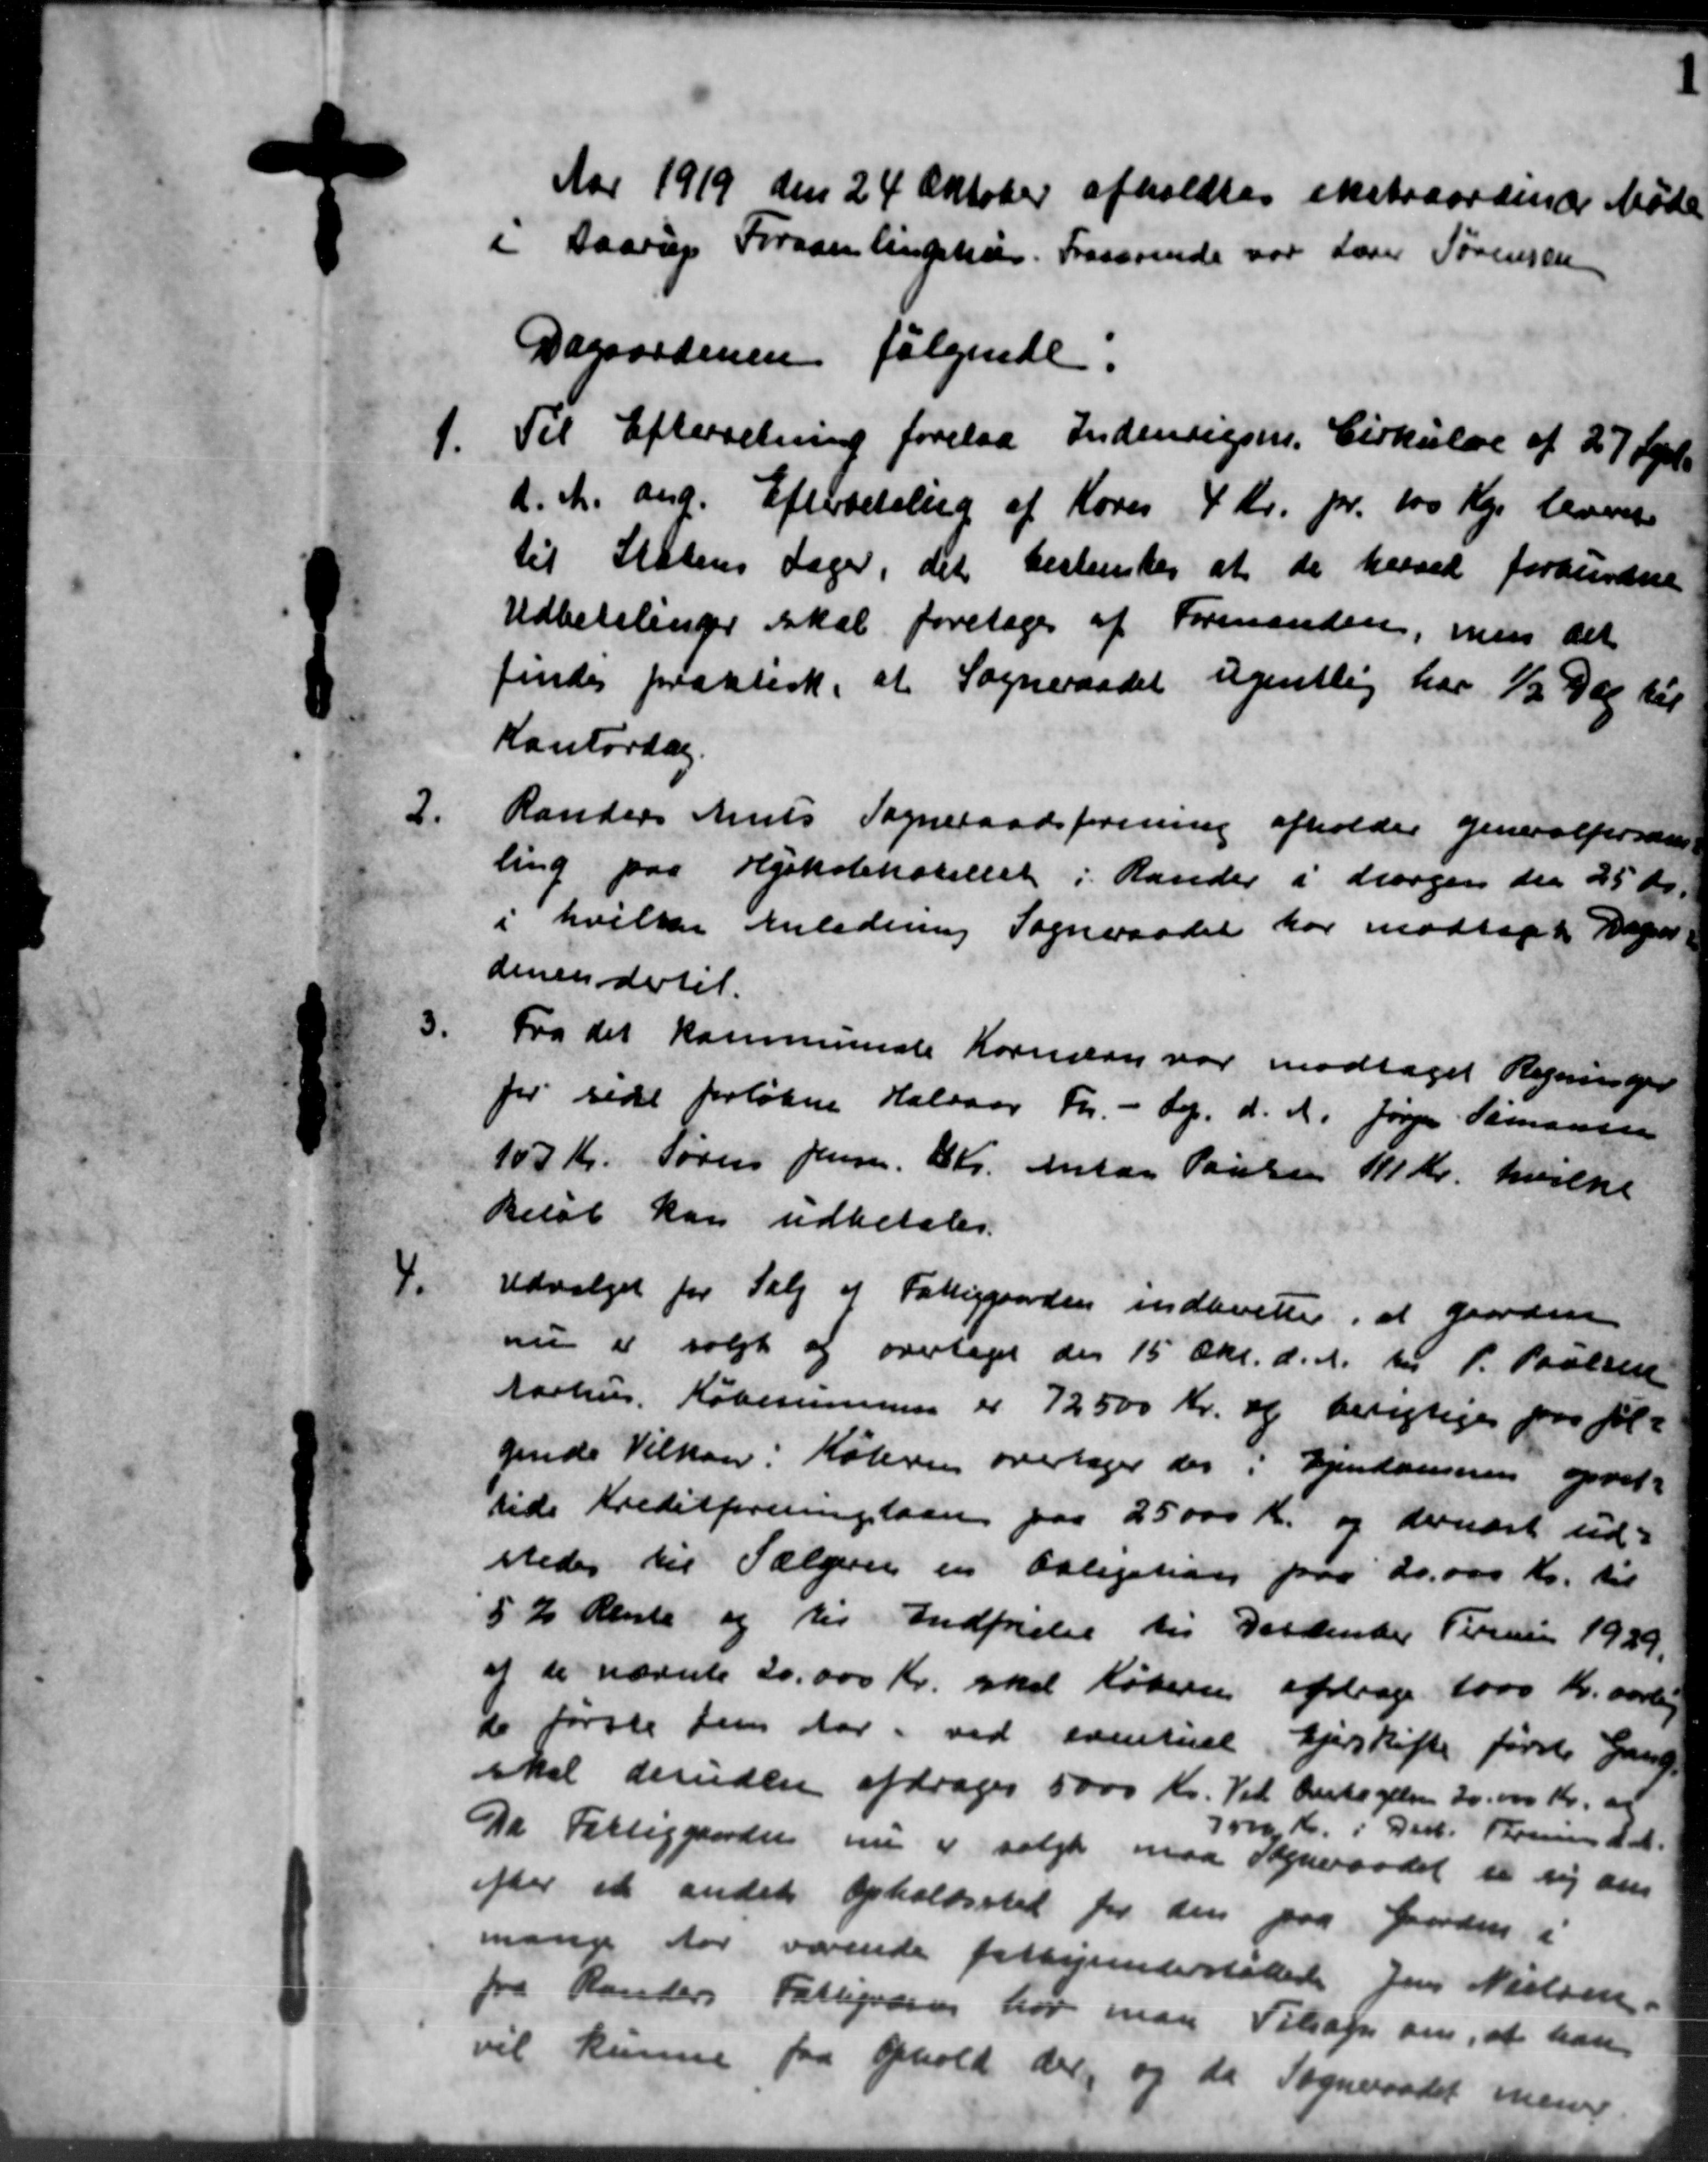
Transskription:
1

Aar 1919 den 24 Oktober afholdtes ekstraordinær Møde
i Haarup Forsamlingshus. Fraværende var Lærer Sørensen
Dagsordenen følgende:
1.
Til Efterretning forelaa Indenrigsm. Cirkulære af 27 Sept.
d. A. ang. Efterbetaling af Køres 4 Kr. pr. 100 Kr. leveres
til Statens dager, det bestemtes at de herved forbundne
Udbetalinger skal foretages af Formanden, men det
findes praktisk, at Sogneraadet ugentlig har ½ Dag til
Kontordag.
2.
Randers Amts Sogneraadsforening afholder generalforsan-
ling paa Hjokolehotellet i Rander i dragen den 25 Kr.
i hvilken Anledning Sogneraadet har modtaget Depar-
amsendertil.
3.
Fra det kommunale Kornslen var modtaget Regninger
for sidet forløbne Halvaar Fr. - top. d. A. Jørgen Simonsen
107 Kr. Søren Jensen, 8 Kr. Antag Poulsen 111 Kr. hvilket
Beløb kan udbetales.
4.
Udvalget for Salg af Fattiggaarden indberette, at gaarden
nu er solgt og overtaget den 15 Okt. d. A. til P. Poulsen
Aarhus Købesummen er 72500 Kr. og berigtiges paa føl-
gende Vilkaar i Købern overtager der i Ejendommen opret-
side Kreditforeningslaan paa 25000 Kr. og dernæst ud-
stedes til Sælgere en Obligation paa 20.000 Kr. til
5 % Rente og til Indføielse til Dattender Terrain 1929.
af de nævnte 20.000 Kr. skal Køberen afdrage 1000 Kr. aarling
de første Jens Aar. ved eventuel Gjerskrifte første Gang
skal desuden afdrages 5000 Kr. Vil Antagelsen 20.000 Kr. af
7000 Kr. i Del. Termin d. A.
Da Fattiggaarden nu er solgt maa Sogneraadet se sig den
efter at andet Opholdssted for den paa Gorden i
mange Aar værende fattigunderstøttede Jens Nielsen
fra Randers Fattigvæsen har man Tilsagn om, at han
vil kunne fra Ophold der, og da Sogneraadet mener